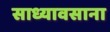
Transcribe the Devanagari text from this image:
साध्यावसाना